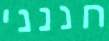
חננני